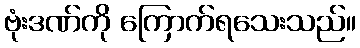
ဗုံးဒဏ်ကို ကြောက်ရသေးသည်။